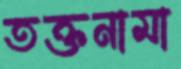
তক্তনামা